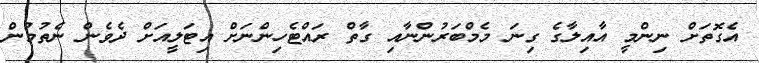
އެގޮތަށް ނިންމީ އާއިލާގެ ގިނަ މެމްބަރުންނާއި ގާތް ރައްޓެހިންނަށް އިޓަލީއަށް ދެވެން ނެތުމުން